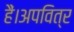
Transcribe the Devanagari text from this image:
हैं।अपवित्र